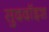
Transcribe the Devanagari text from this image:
सुददॉइश